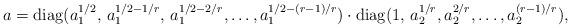
LaTeX: \begin{align*} a = \mathrm{diag}(a_1^{1/2},\, a_1^{1/2 - 1/r},\, a_1^{1/2 - 2/r}, \dots, a_1^{1/2 -(r- 1)/r}) \cdot \mathrm{diag}(1,\, a_2^{1/r}, a_2^{2/r}, \dots, a_2^{(r-1)/r}),\end{align*}